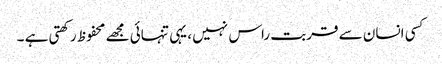
کسی انسان سے قربت راس نہیں ، یہی تنہائی مجھے محفوظ رکھتی ہے ۔